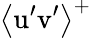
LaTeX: \left\langle\mathrm{u}^{\prime}\mathrm{v}^{\prime}\right\rangle^{+}